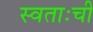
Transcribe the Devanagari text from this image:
स्वताःची